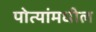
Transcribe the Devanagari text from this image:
पोत्यांमधील